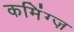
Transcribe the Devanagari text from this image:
कमिंग्ज़